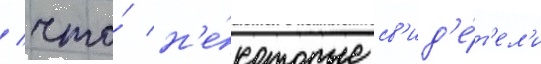
/ что́ н'е́которые св'ид'е́т'ел'и